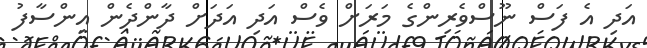
އަދި އެ ފަސް ނޫސްވެރިންގެ މަރަށް ވެސް އަދި އަދަށް ދާންދެން އިންސާފު